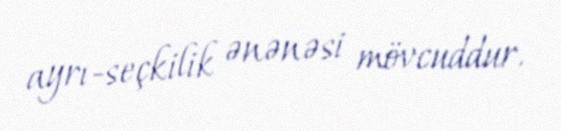
ayrı-seçkilik ənənəsi mövcuddur.